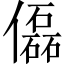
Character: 𠐞